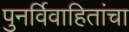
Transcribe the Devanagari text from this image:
पुनर्विवाहितांचा